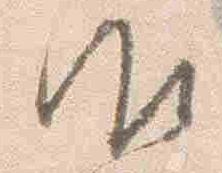
御